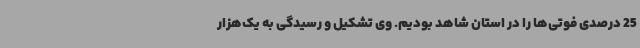
25 درصدی فوتی‌ها را در استان شاهد بودیم. وی تشکیل و رسیدگی به یک‌هزار